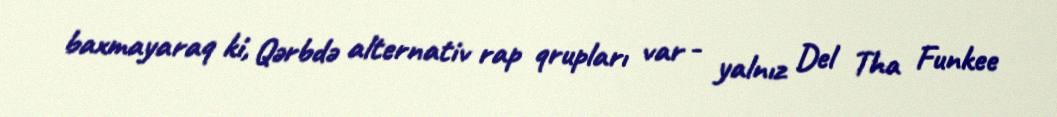
baxmayaraq ki, Qərbdə alternativ rap qrupları var - yalnız Del Tha Funkee